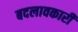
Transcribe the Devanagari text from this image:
बदलावकारी